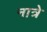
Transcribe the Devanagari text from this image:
नात्रे